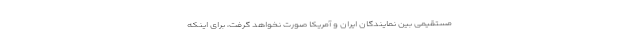
مستقیمی بین نمایندگان ایران و آمریکا صورت نخواهد گرفت، برای اینکه